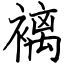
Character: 褵